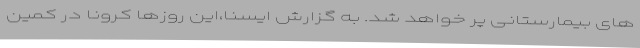
های بیمارستانی پر خواهد شد. به گزارش ایسنا،این روزها کرونا در کمین